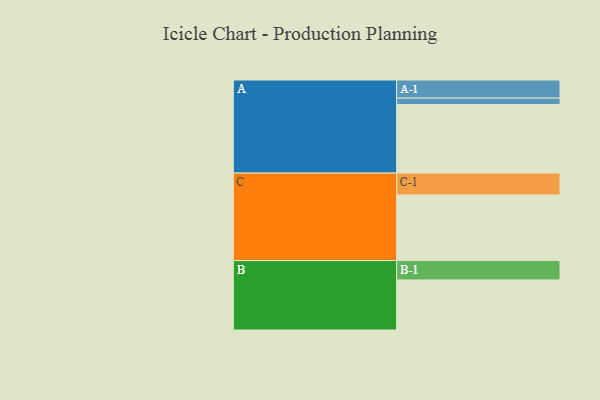
{"axis": {"x": "Segment", "y": "Value"}, "legend": ["", "A", "B", "C"], "data": [{"x": "A", "y": 548, "type": ""}, {"x": "B", "y": 400, "type": ""}, {"x": "C", "y": 524, "type": ""}, {"x": "A-1", "y": 145, "type": "A"}, {"x": "A-2", "y": 51, "type": "A"}, {"x": "B-1", "y": 155, "type": "B"}, {"x": "C-1", "y": 175, "type": "C"}]}